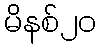
မိနစ်၂၀